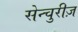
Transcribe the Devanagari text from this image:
सेन्चुरीज़